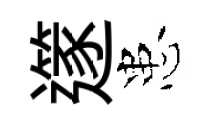
𨗹患